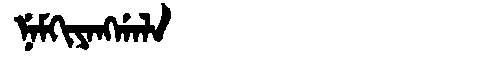
Manchu: ᠨᡝᠮᡴᡳᠶᠠᠩᡤᠠᠯᠠ
Romanization: NEMKIYANGGALA